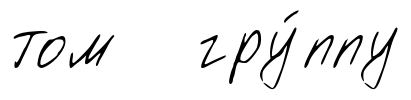
том гру́ппу